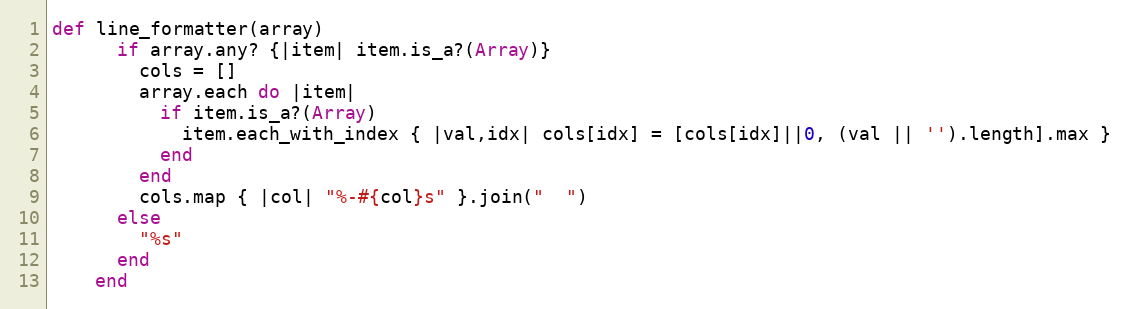
Language: Ruby
def line_formatter(array)
      if array.any? {|item| item.is_a?(Array)}
        cols = []
        array.each do |item|
          if item.is_a?(Array)
            item.each_with_index { |val,idx| cols[idx] = [cols[idx]||0, (val || '').length].max }
          end
        end
        cols.map { |col| "%-#{col}s" }.join("  ")
      else
        "%s"
      end
    end